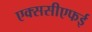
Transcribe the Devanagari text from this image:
एक्ससीएफई